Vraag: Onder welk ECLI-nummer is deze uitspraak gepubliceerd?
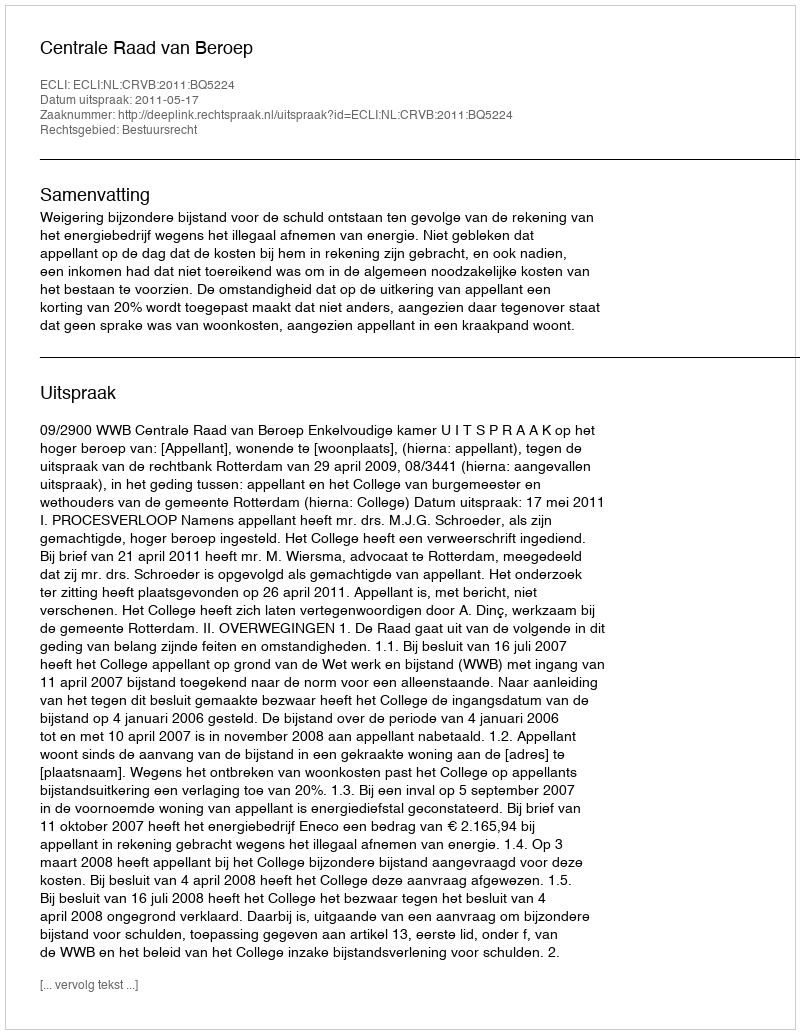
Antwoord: ECLI:NL:CRVB:2011:BQ5224